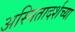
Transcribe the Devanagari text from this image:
अस्मितादर्शच्या